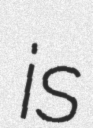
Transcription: is